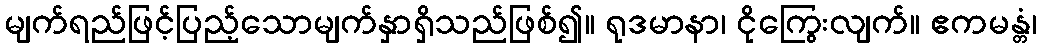
မျက်ရည်ဖြင့်ပြည့်သောမျက်နှာရှိသည်ဖြစ်၍။ ရုဒမာနာ၊ ငိုကြွေးလျက်။ ဧကမန္တံ၊